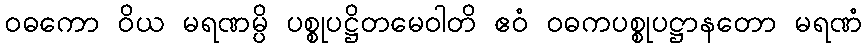
ဝဓကော ဝိယ မရဏမ္ပိ ပစ္စုပဋ္ဌိတမေဝါတိ ဧဝံ ဝဓကပစ္စုပဋ္ဌာနတော မရဏံ